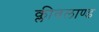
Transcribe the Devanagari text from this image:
क्लीवलाण्ड